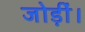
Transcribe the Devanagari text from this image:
जोड़ीं।